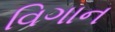
વિગાન